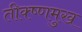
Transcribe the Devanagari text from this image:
तीक्ष्णमुख